Document type: Sale
Year: 1461
Scribe: [Unknown]
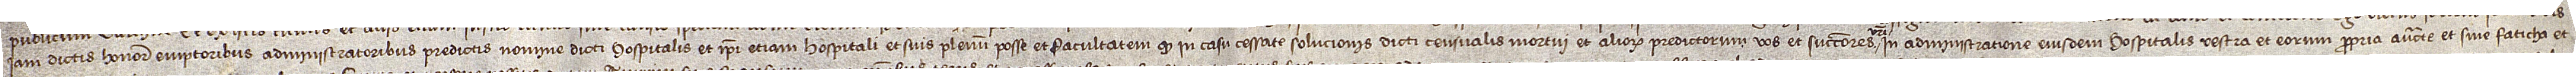
iamdictis honorabilibus emptoribus, administratoribus predictis, nomine dicti hospitalis et ipsi etiam hospitali et suis plenum posse et facultatem quod in casu cessate solucionis dicti censualis mortui et aliorum predictorum vos et successores vestri  in administratione eiusdem hospitalis vestra et eorum propria auctoritate et sine faticha et